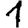
Digit: 1